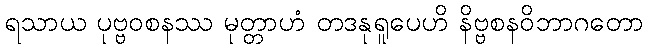
ရသာယ ပုဗ္ဗဝစနဿ မုတ္တာဟံ တဒနုရူပေဟိ နိဗ္ဗစနဝိဘာဂတော